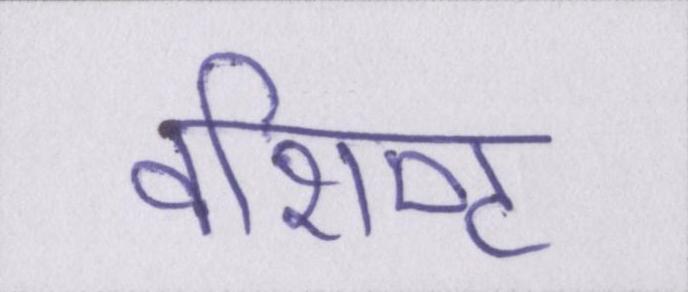
वशिष्ट